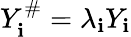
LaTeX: Y_{\mathbf{i}}^{\# }=\lambda_{\mathbf{i}}Y_{\mathbf{i}}